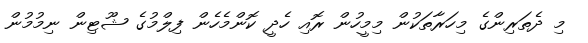
މި ދެތަރިންގެ މިހަރާތަކުން މިމީހުން ރޮއި ހެދީ ކޮންމެހެން ފިލްމުގެ ޝޫޓިން ނިމުމުން